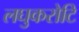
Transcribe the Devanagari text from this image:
लघुकरोटि